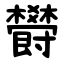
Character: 欎